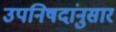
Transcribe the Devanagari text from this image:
उपनिषदांनुसार